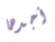
أجدها